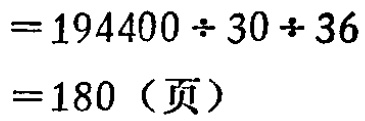
\[
\begin{align*}
&=194400\div30\div36\\
&=180（页）
\end{align*}
\]